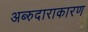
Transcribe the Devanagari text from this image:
अब्‍रुदाराकारण